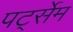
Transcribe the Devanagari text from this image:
पर्ट्सेम